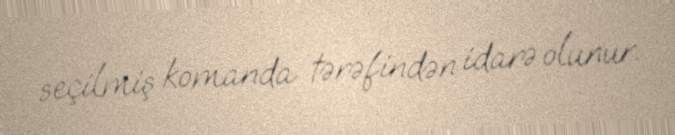
seçilmiş komanda tərəfindən idarə olunur.